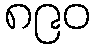
၈၉၀